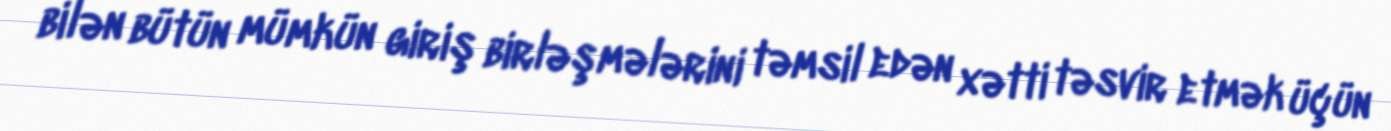
bilən bütün mümkün giriş birləşmələrini təmsil edən xətti təsvir etmək üçün